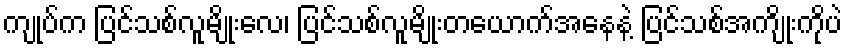
ကျုပ်က ပြင်သစ်လူမျိုးလေ၊ ပြင်သစ်လူမျိုးတယောက်အနေနဲ့ ပြင်သစ်အကျိုးကိုပဲ